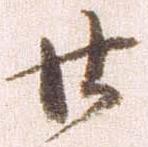
廿